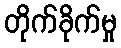
တိုက်ခိုက်မှု